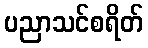
ပညာသင်စရိတ်